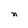
Character: n